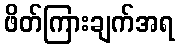
ဖိတ်ကြားချက်အရ